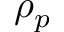
\rho _ { p }